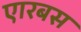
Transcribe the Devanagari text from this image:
एारबस